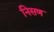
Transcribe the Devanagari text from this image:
निसण